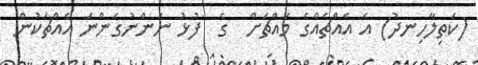
(ކަތިލާހިނދު) އެ އެއްޗެއްގެ މައްޗަށް  ގެ  ފުޅު ނަންނުގަންނަ އެއްޗަކުން